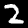
Label: 2